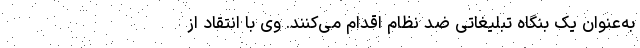
به‌عنوان یک بنگاه تبلیغاتی ضد نظام اقدام می‌کنند. وی با انتقاد از